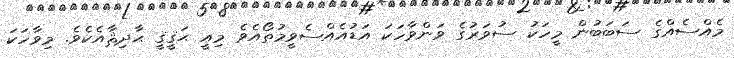
މެއްސެއްގެ ސަބަބުން މީހަކު ސުވަރުގެ ވަންވާހަކަ އަޑުއެއްސެވީމުތޯއެވެ މިއީ ޙަޤީޤީ ޙާދިޘާއެކެވެ. މިވާހަކަ